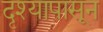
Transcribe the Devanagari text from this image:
दृश्यापासून